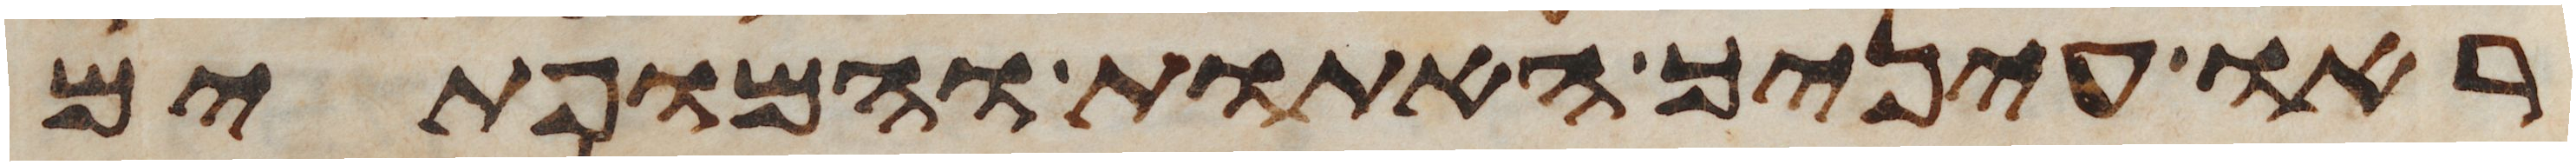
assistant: ראו עיניך האתות והמופתים